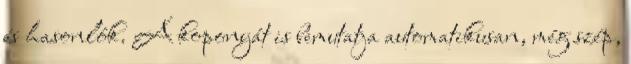
és hasonlók. A koponyát is bemutatja automatikusan, még szép,